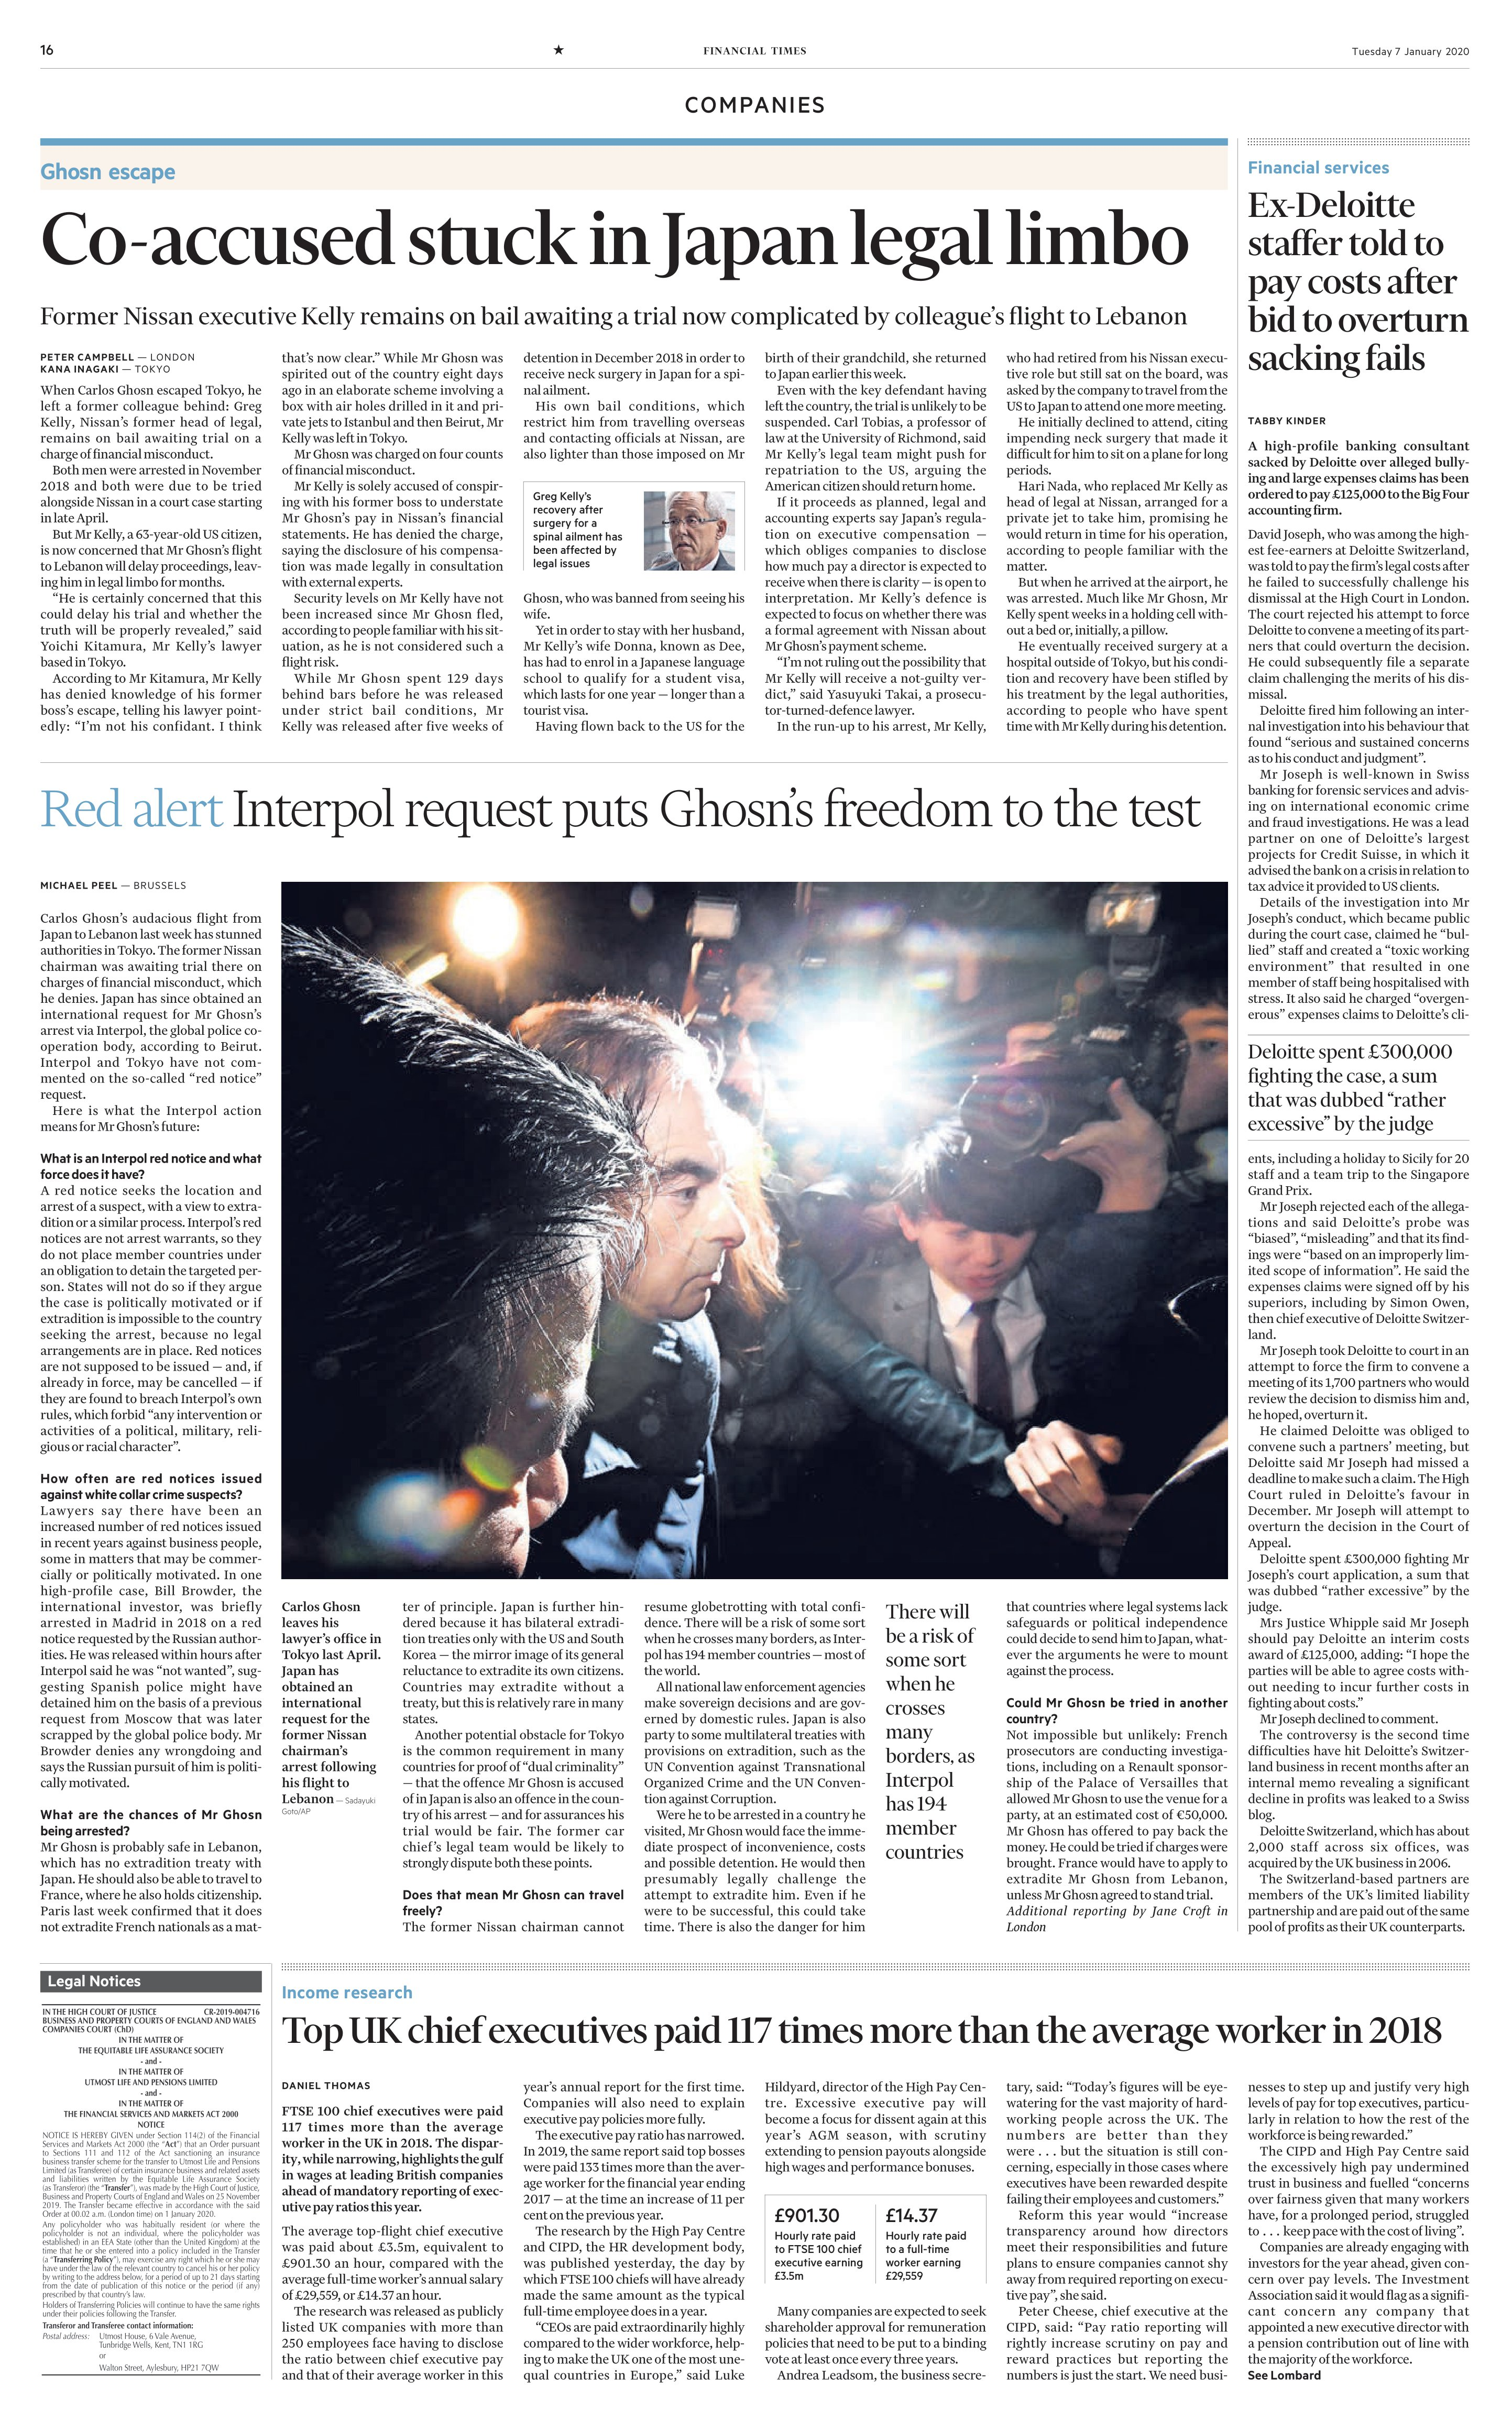
Language: en